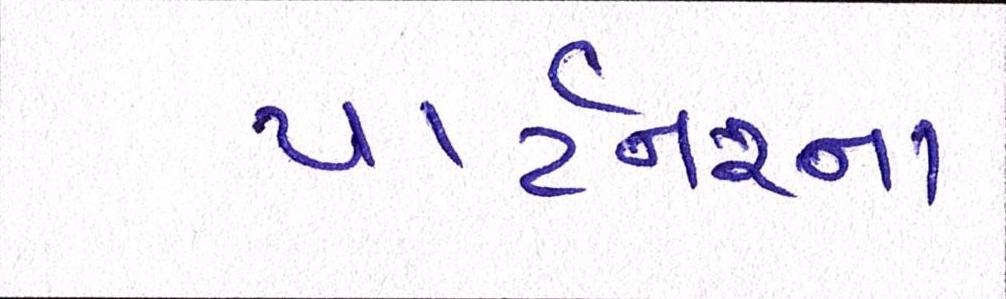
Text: પાર્ટનરના